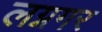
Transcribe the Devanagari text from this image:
लग्नगर